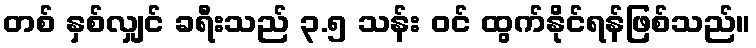
တစ် နှစ်လျှင် ခရီးသည် ၃.၅ သန်း ဝင် ထွက်နိုင်ရန်ဖြစ်သည်။